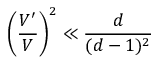
\left( \frac { V ^ { \prime } } { V } \right) ^ { 2 } \ll \frac { d } { ( d - 1 ) ^ { 2 } }